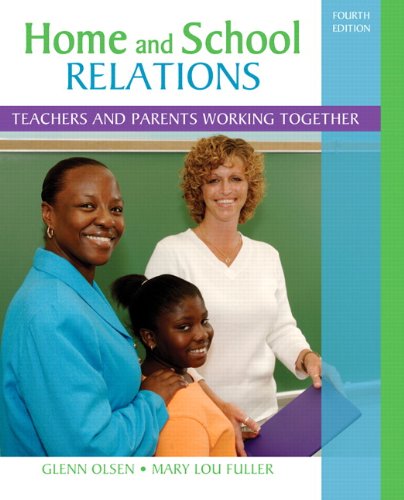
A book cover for Home and School Relations: Teachers and Parents Working Together (4th Edition); Glenn W. Olsen; Education & Teaching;